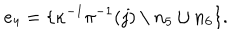
e _ { 4 } = \{ \kappa ^ { - 1 } \pi ^ { - 1 } ( j ) \setminus n _ { 5 } \cup n _ { 6 } \} .